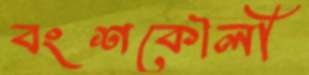
বংশকৌলী